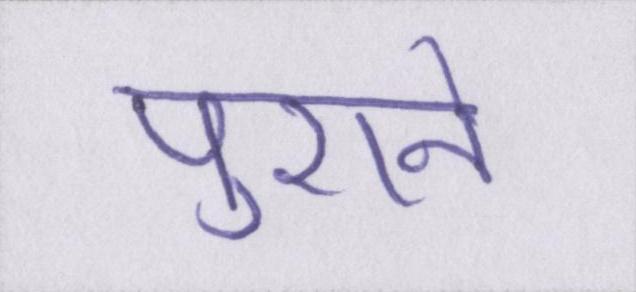
पुराने